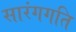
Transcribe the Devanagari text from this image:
सारंगगति